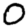
Digit: 0